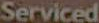
Serviced